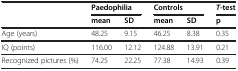
|  | <COLSPAN=2> Paedophilia | <COLSPAN=2> Controls | T-test |
 |  | mean | SD | mean | SD | p |
 | --- | --- | --- | --- | --- | --- |
 | Age (years) | 48.25 | 9.15 | 46.25 | 8.38 | 0.35 |
 | IQ (points) | 116.00 | 12.12 | 124.88 | 13.91 | 0.21 |
 | Recognized pictures (%) | 74.25 | 22.25 | 77.38 | 14.93 | 0.39 |